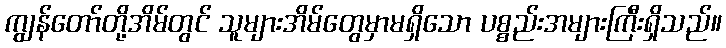
ကျွန်တော်တို့အိမ်တွင် သူများအိမ်တွေမှာမရှိသော ပစ္စည်းအများကြီးရှိသည်။